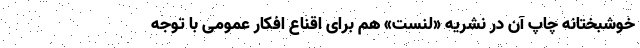
خوشبختانه چاپ آن در نشریه «لنست» هم برای اقناع افکار عمومی با توجه